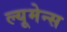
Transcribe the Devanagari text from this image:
ल्यूमेन्स